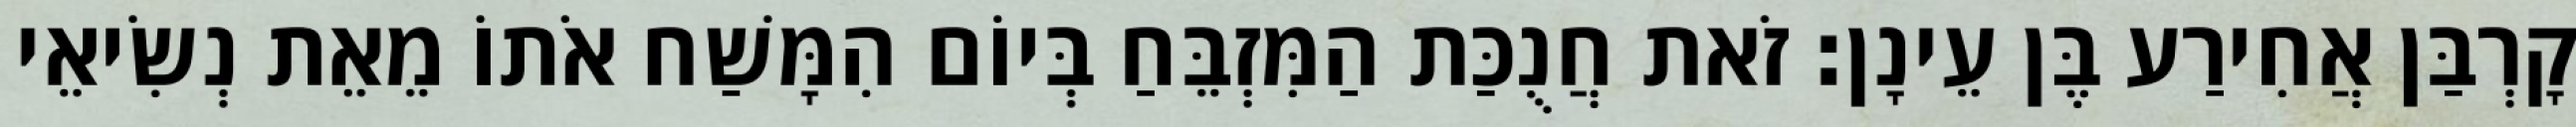
קָרְבַּן אֲחִירַע בֶּן עֵינָן׃ זֹאת חֲנֻכַּת הַמִּזְבֵּחַ בְּיוֹם הִמָּשַׁח אֹתוֹ מֵאֵת נְשִׂיאֵי